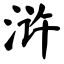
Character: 浒